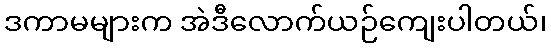
ဒကာမများက အဲဒီလောက်ယဉ်ကျေးပါတယ်၊